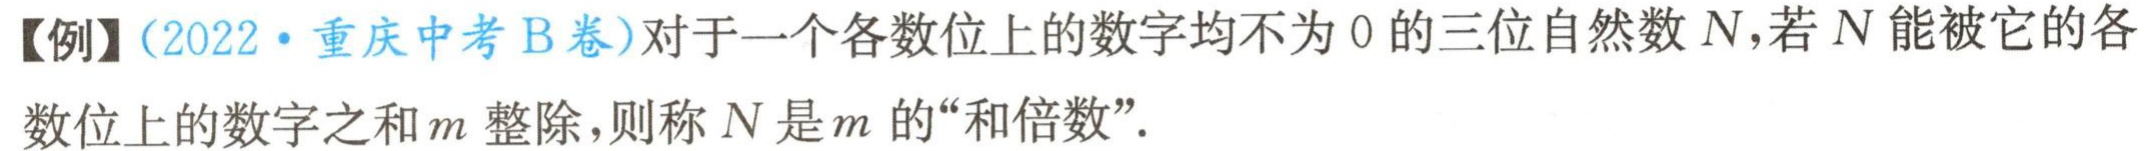
【例】（2022·重庆中考B卷）对于一个各数位上的数字均不为 0 的三位自然数 \(N\)，若 \(N\) 能被它的各数位上的数字之和 \(m\) 整除，则称 \(N\) 是 \(m\) 的“和倍数”.